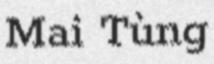
Mai Tùng